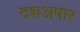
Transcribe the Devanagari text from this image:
दशअषार